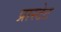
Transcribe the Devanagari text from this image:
प्रास्टेट